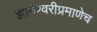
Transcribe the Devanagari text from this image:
ज्ञानेश्वरीप्रमाणेच